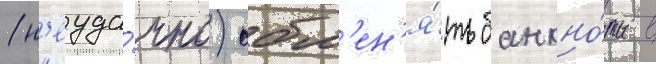
(н'еуда́чно) обм'ен'я́ть банкно́ты в